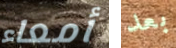
أمعاء بعد